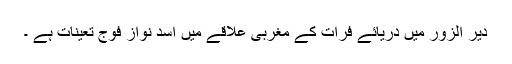
دیر الزور میں دریائے فرات کے مغربی علاقے میں اسد نواز فوج تعینات ہے ۔